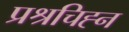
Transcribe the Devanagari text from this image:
प्रश्रचिह्न